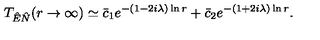
T _ { \hat { E } \hat { N } } ( r \rightarrow \infty ) \simeq \bar { c } _ { 1 } e ^ { - ( 1 - 2 i \lambda ) \ln r } + \bar { c } _ { 2 } e ^ { - ( 1 + 2 i \lambda ) \ln r } .